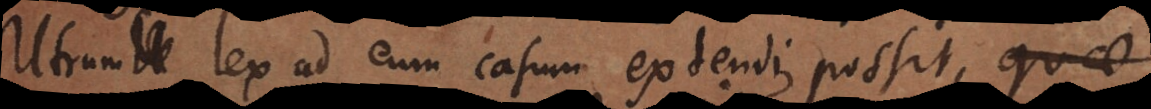
Utrum lex ad eum casum extendi possit,